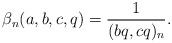
LaTeX: \begin{align*}\beta_n(a,b,c,q)=\frac{1}{(bq,cq)_n}.\end{align*}